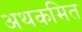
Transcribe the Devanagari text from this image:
अथकमित